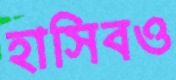
হাসিবও